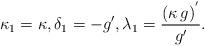
LaTeX: \begin{align*} \kappa_{1}=\kappa, \delta_{1}=-g', \lambda_{1}=\frac{\left(\kappa \, g\right)^{'}}{g'}.\end{align*}